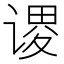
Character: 谡